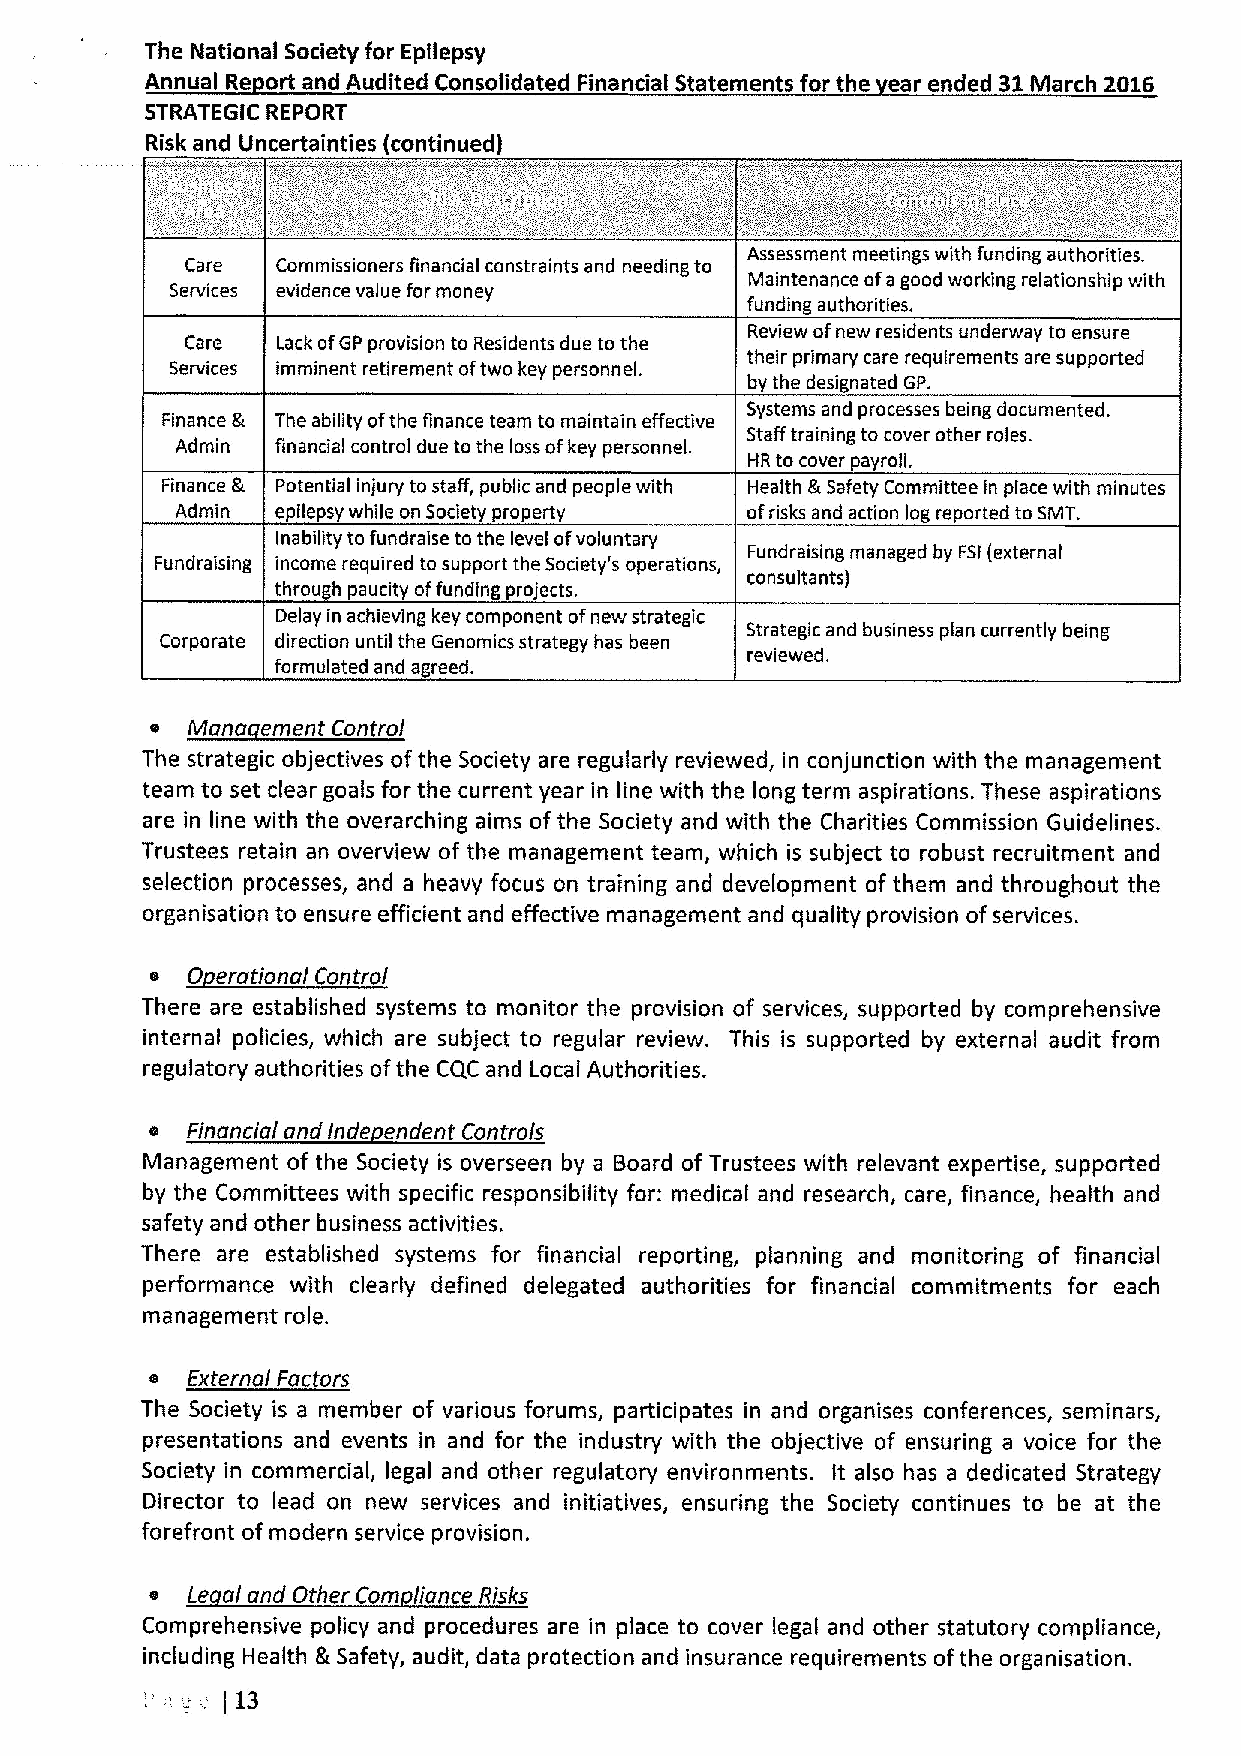
The National Society for Epilepsy
 Annual Re ort and Audited Consolidated Financial Statements for the ear ended 31March 2016
 STRATEGIC REPORT
 Risk and Uncertainties (continued)
 Assessment meetings with funding authorities.
 Care  Commissioners financial constraints and needing to
 Maintenance ofagood working relationship with
 Services evidence value for money
 funding authorities.
 Review ofnew residents underway to ensure
 Care  Lack ofGP provision to Residents due to the
 their primary care requirements are supported
 Services imminent retirement oftwo key personnel.
 by the designated GP.
 Systems and processes being documented.
 Finance & The ability ofthe finance team to maintain effective
 Staff training to cover other roles.
 Admin financial control due tothe loss ofkey personnel.
 HR to cover payroll.
 Finance Ik Potential injury to staff, public and people with Health Ik Safety Committee in place with minutes
 Admin epilepsy while on Society property ofrisks and action log reported to SMT.
 Inability to fundraise to the level ofvoluntary
 Fundraising managed by FSI(external
 Fundraising income required to support the Society's operations,
 consultants)
 through paucity offunding projects.
 Delay in achieving key component ofnew strategic
 Strategic and business plan currently being
 Corporate direction until the Genomlcs strategy has been
 reviewed.
 formulated and agreed.
 a Mana ement Control
 The strategic objectives ofthe Society are regularly reviewed, in conjunction with the management
 team to set clear goals for the current year in line with the long term aspirations. These aspirations
 are in line with the overarching aims ofthe Society and with the Charities Commission Guidelines.
 Trustees retain an overview of the management team, which is subject to robust recruitment and
 selection processes, and a heavy focus on training and development of them and throughout the
 organisation to ensure efficient and effective management and quality provision ofservices.
 0
 a   erational Control
 There are established systems to monitor the provision of services, supported by comprehensive
 internal policies, which are subject to regular review. This is supported by external audit from
 regulatory authorities ofthe CQC and Local Authorities.
 a Financial and inde endent Controls
 Management ofthe Society is overseen by a Board of Trustees with relevant expertise, supported
 by the Committees with specific responsibility for: medical and research, care, finance, health and
 safety and other business activities.
 There are established systems for financial reporting, planning and monitoring of financial
 performance with clearly defined delegated authorities for financial commitments for each
 management role.
 e External Factors
 The Society is a member of various forums, participates in and organises conferences, seminars,
 presentations and events in and for the industry with the objective of ensuring a voice for the
 Society in commercial, legal and other regulatory environments. It also has a dedicated Strategy
 Director to lead on new services and initiatives, ensuring the Society continues to be at the
 forefront ofmodern service provision.
 a Le al and Other Com liance Risks
 Comprehensive policy and procedures are in place to cover legal and other statutory compliance,
 including Health &Safety, audit, data protection and insurance requirements ofthe organisation.
 13
 )